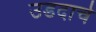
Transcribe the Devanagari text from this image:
उडदाचे